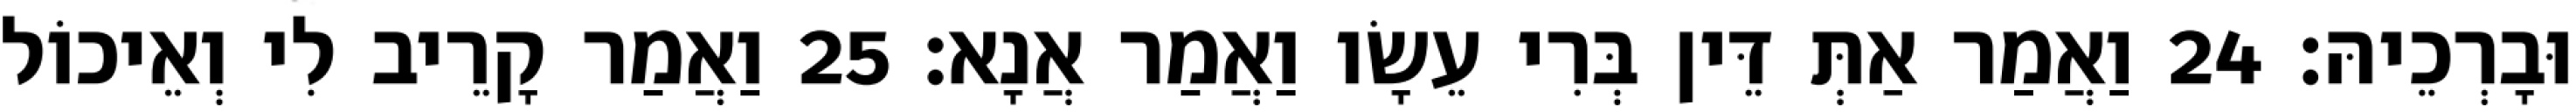
וּבָרְכֵיהּ׃ 24 וַאֲמַר אַתְּ דֵּין בְּרִי עֵשָׂו וַאֲמַר אֲנָא׃ 25 וַאֲמַר קָרֵיב לִי וְאֵיכוֹל